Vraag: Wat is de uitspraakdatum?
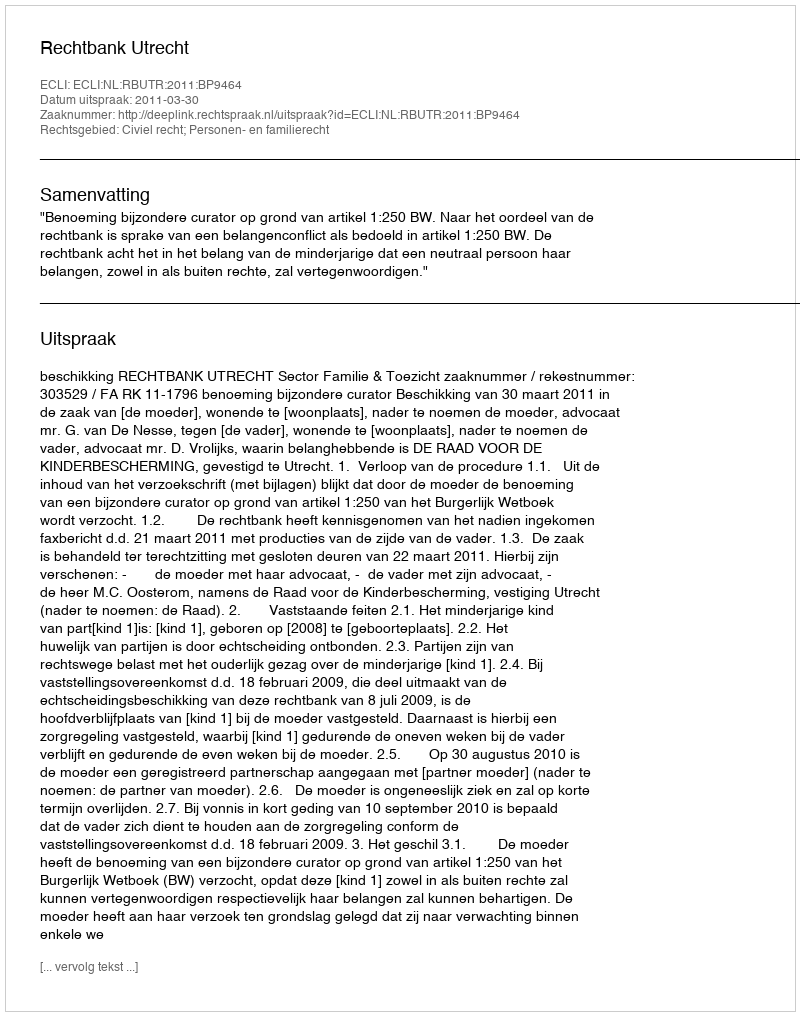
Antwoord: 2011-03-30